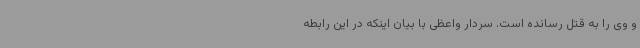
و وی را به قتل رسانده است. سردار واعظی با بیان اینکه در این رابطه